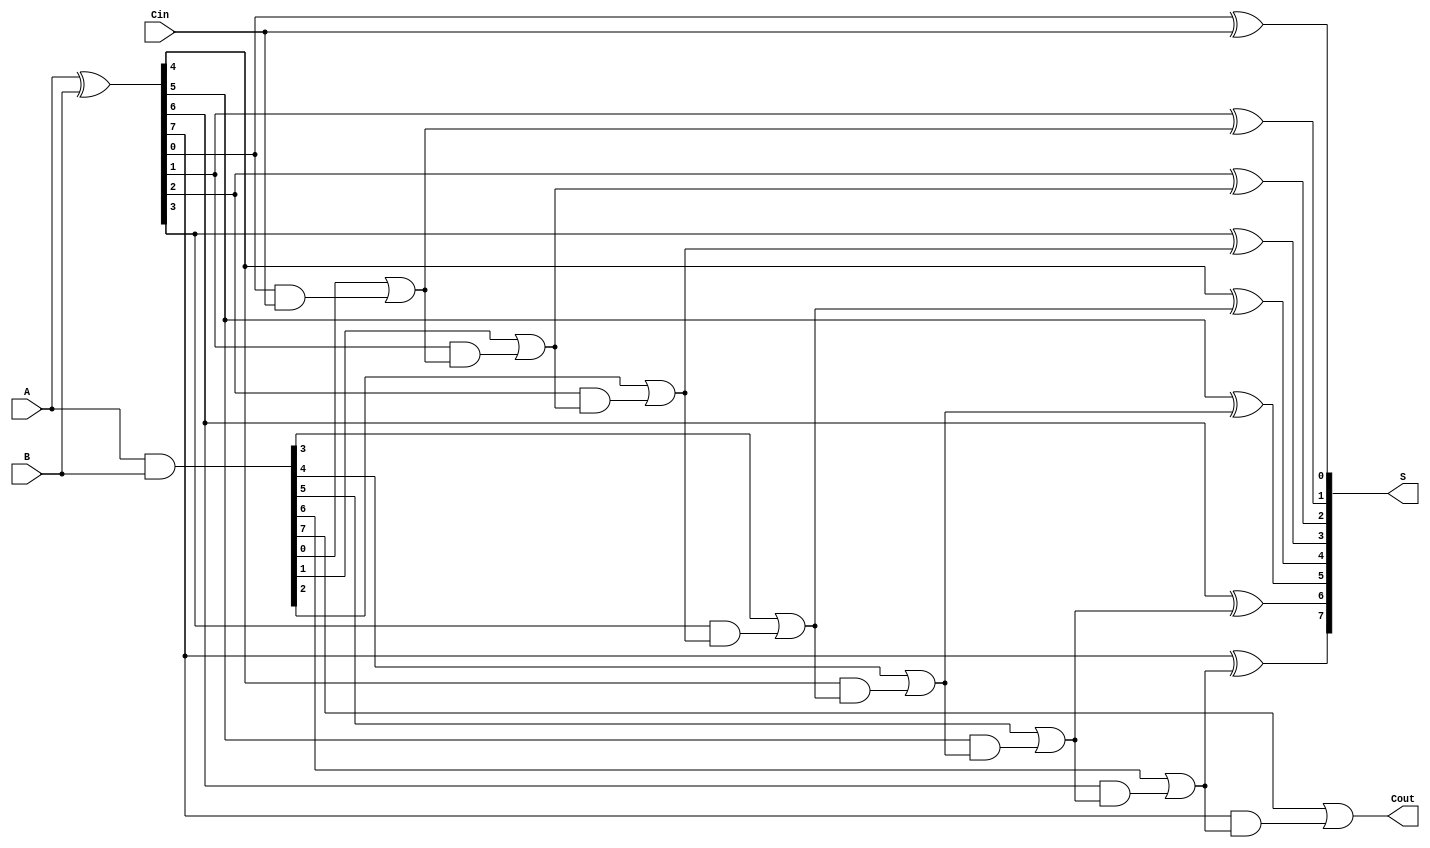
module brent_kung_adder #(parameter N = 8) (
    input wire [N-1:0] A,    // First n-bit operand
    input wire [N-1:0] B,    // Second n-bit operand
    input wire Cin,           // Carry-in
    output wire [N-1:0] S,    // n-bit sum
    output wire Cout          // Carry-out
);

    wire [N-1:0] G; // Generate signals
    wire [N-1:0] P; // Propagate signals
    wire [N:0] C;    // Carry signals, C[0] = Cin
    
    // Generate and propagate signals
    assign G = A & B;        // Generate
    assign P = A ^ B;        // Propagate

    // Carry array initialization
    assign C[0] = Cin;

    // Carry computation using Brent-Kung structure
    genvar i, j;
    generate
        // First stage: Direct carry generation
        for (i = 0; i < N; i = i + 1) begin
            assign C[i + 1] = G[i] | (P[i] & C[i]);
        end
        
        // Sum calculation
        for (j = 0; j < N; j = j + 1) begin
            assign S[j] = P[j] ^ C[j];
        end
    endgenerate

    // Carry-out bit
    assign Cout = C[N]; 

endmodule